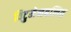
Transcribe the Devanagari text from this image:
विटुमेनबलित